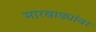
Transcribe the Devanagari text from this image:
मारवाड्यांवर